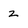
Character: Z